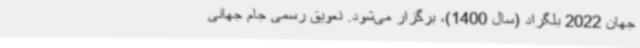
جهان 2022 بلگراد (سال 1400)، برگزار می‌شود. تعویق رسمی جام جهانی